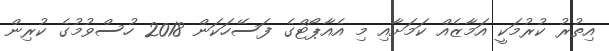
އިތުރު ކުރުމަކީ އަމާޒެއް ކަމަށާއި މި އެއާޕޯޓްގެ ފަސޭހަކަން 2018 ހުސްވުމުގެ ކުރިން